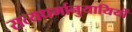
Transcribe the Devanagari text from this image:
सत्यधर्मानुयायियों